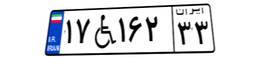
۱۷W۱۶۲۳۳